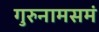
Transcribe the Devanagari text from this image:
गुरुनामसमं